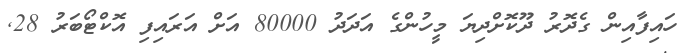
ހައިފާއިން ގެދޮރު ދޫކޮށްދިޔަ މީހުންގެ އަދަދު 80000 އަށް އަރައިފި އޮކްޓޯބަރު 28